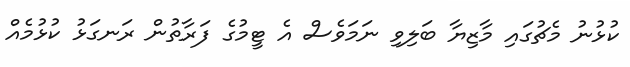
ކުޅުނު މެޗުގައި މާޒިޔާ ބަލިވި ނަމަވެސް އެ ޓީމުގެ ފަރާތުން ރަނގަޅު ކުޅުމެއް